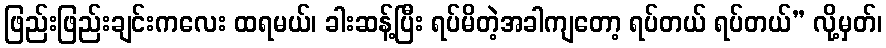
ဖြည်းဖြည်းချင်းကလေး ထရမယ်၊ ခါးဆန့်ပြီး ရပ်မိတဲ့အခါကျတော့ ရပ်တယ် ရပ်တယ်” လို့မှတ်၊